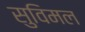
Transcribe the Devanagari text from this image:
सुविमल